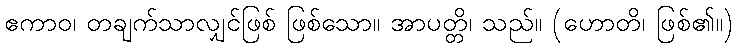
ဧကာဝ၊ တချက်သာလျှင်ဖြစ် ဖြစ်သော။ အာပတ္တိ၊ သည်။ (ဟောတိ၊ ဖြစ်၏။)